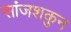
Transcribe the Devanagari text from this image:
सांजशकुन